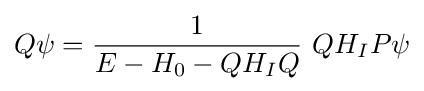
Q\psi ={\frac {1}{E-H_{0}-QH_{I}Q}}\ QH_{I}P\psi